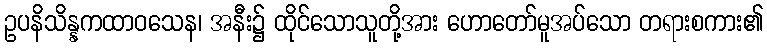
ဥပနိသိန္နကထာဝသေန၊ အနီး၌ ထိုင်သောသူတို့အား ဟောတော်မူအပ်သော တရားစကား၏